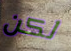
لكن